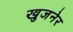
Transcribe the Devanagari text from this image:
खुजनेर